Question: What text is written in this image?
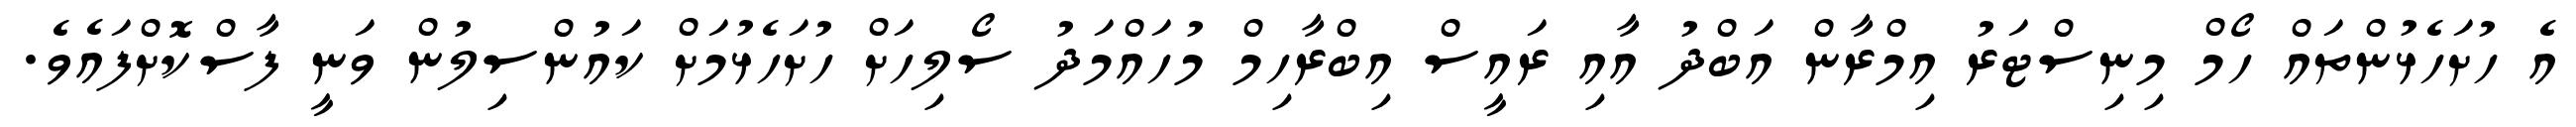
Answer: އެ ހުށަހެޅުންތައް ހޯމް މިނިސްޓަރު އިމްރާން އަބްދު އާއި ރައީސް އިބްރާހިމް މުހައްމަދު ސޯލިހަށް ހުށަހެޅުމަށް ކައުންސިލުން ވަނީ ފާސްކޮށްފައެވެ.